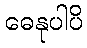
ဓေနုပါပိ